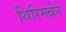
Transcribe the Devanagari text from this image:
थिरिमन्नेने